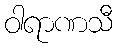
ဝါရာဏသီ